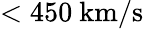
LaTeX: <450~\mathrm{km/s}